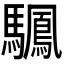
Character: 𫘙